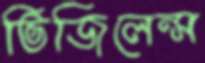
ভিজিলেন্স